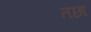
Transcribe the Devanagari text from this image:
तछा